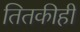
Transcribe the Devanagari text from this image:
तितकीही